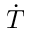
\dot { T }